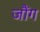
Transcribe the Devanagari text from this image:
जौंग